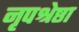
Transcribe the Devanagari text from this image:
नृपश्रेष्ठा